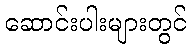
ဆောင်းပါးများတွင်